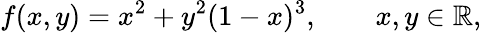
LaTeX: f(x,y)=x^{2}+y^{2}(1-x)^{3},\qquad x,y\in\mathbb{R},